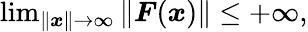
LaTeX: \begin{array}{r}{\operatorname*{lim}_{\| \boldsymbol{x}\| \rightarrow\infty}\| \boldsymbol{F}(\boldsymbol{x})\| \le+\infty,}\end{array}